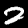
Digit: 2